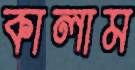
কালাম